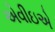
એવીઇએ